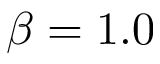
\beta = 1 . 0